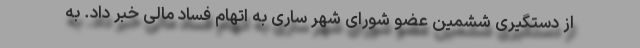
از دستگیری ششمین عضو شورای شهر ساری به اتهام فساد مالی خبر داد. به